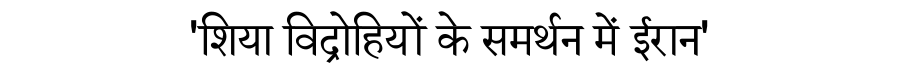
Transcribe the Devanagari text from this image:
'शिया विद्रोहियों के समर्थन में ईरान'